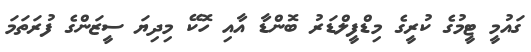
ގައުމީ ޓީމުގެ ކުރީގެ މިޑްފީލްޑަރު ބޮންޑާ އާއި ހޮކޭ މިދިޔަ ސީޒަންގެ ފުރަތަމަ